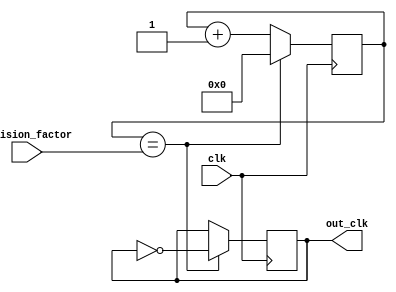
module DualModulusClockDivider (
    input wire clk,
    input wire [7:0] division_factor,
    output reg out_clk
);

reg [7:0] count;
reg [7:0] modulo;

always @(posedge clk) begin
    if(count == division_factor) begin
        out_clk <= ~out_clk;
        count <= 0;
    end else begin
        count <= count + 1;
    end
end

always @(posedge clk) begin
    if(modulo == 0) begin
        modulo <= 1;
    end else if(count == division_factor) begin
        modulo <= ~modulo;
    end
end

endmodule